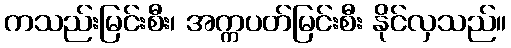
ကသည်းမြင်းစီး၊ အက္ကပတ်မြင်းစီး နိုင်လှသည်။